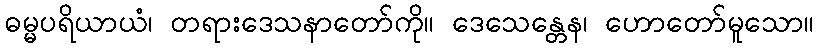
ဓမ္မပရိယာယံ၊ တရားဒေသနာတော်ကို။ ဒေသေန္တေန၊ ဟောတော်မူသော။